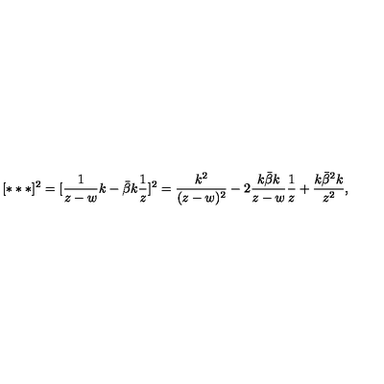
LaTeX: [ * * * ] ^ { 2 } = [ \frac { 1 } { z - w } k - \bar { \beta } k \frac { 1 } { z } ] ^ { 2 } = \frac { k ^ { 2 } } { ( z - w ) ^ { 2 } } - 2 \frac { k \bar { \beta } k } { z - w } \frac { 1 } { z } + \frac { k \bar { \beta } ^ { 2 } k } { z ^ { 2 } } ,